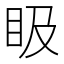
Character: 𥄫